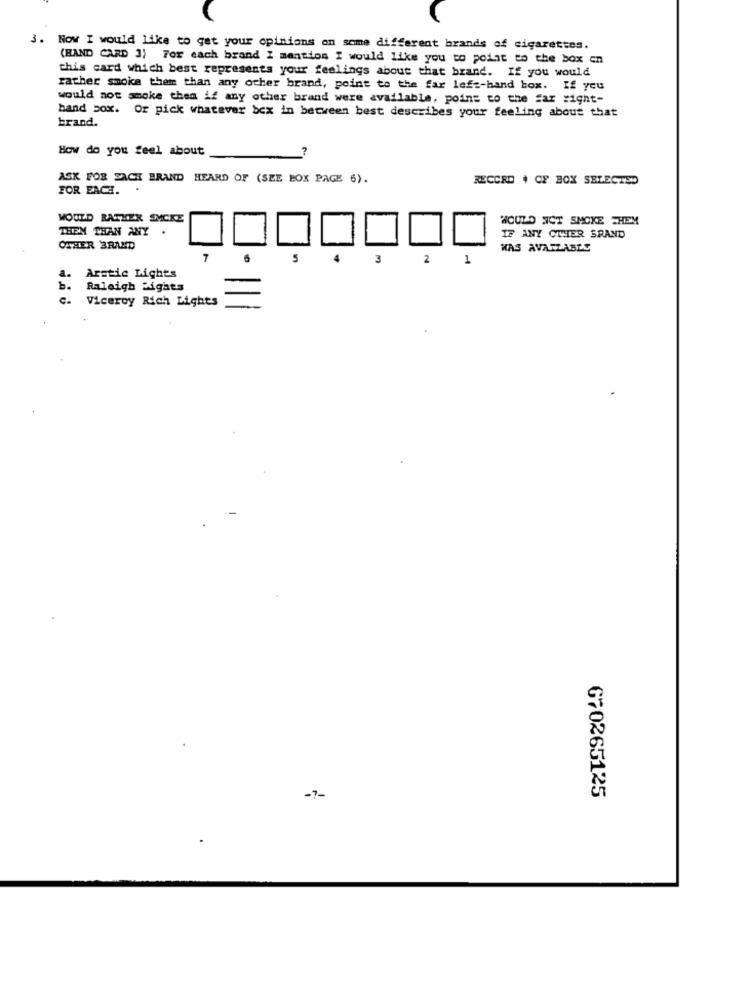
3. Now I would like to get your opinions on some different brands of cigarettes.
(BAND CARD 3) For each brand I mention I would like you to point to the box en
this card which best represents your feelings about that brand. If you would
rather smoke them than any other brand, point to the far left-hand box. If you
would not smoke thea if any other brand were available, poins to the far right-
band box. Or pick whatever bex in between best describes your feeling about that
brand.
How do you feel about
ASK FOR EACH BRAND HEARD OF (SEE BOX PAGE 6).
RECORD # CF BOX SELECTED
FOR EACH.
WOULD RATHER SMCKE
WOULD NOT SMOKE THEM
THEN THAN ANY .
IF ANY OTHER SRAND
OTHER BRAND
WAS AVAILABLE
6
5
4
3
2
1
Arctic Lights
b.
Raleigh Rights
c.
Viceroy Rich Lights
670265125
-7-